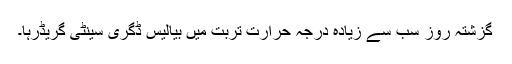
گزشتہ روز سب سے زیادہ درجہ حرارت تربت میں بیالیس ڈگری سینٹی گریڈرہا۔